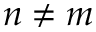
n \neq m